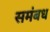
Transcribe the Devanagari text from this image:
समंबध